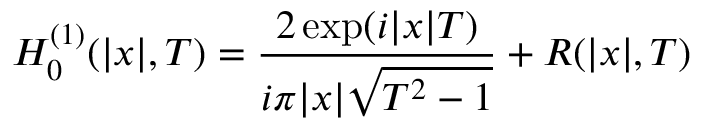
H _ { 0 } ^ { ( 1 ) } ( \lvert x \rvert , T ) = \frac { 2 \exp ( i \lvert x \rvert T ) } { i \pi \lvert x \rvert \sqrt { T ^ { 2 } - 1 } } + R ( \lvert x \rvert , T )